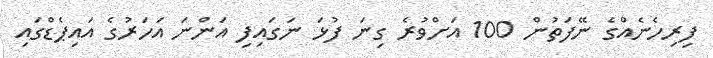
ފިރިހެނެއްގެ ނޭފަތުން 100 އަށްވުރެ ގިނަ ފުޅަ ނަގައިފި އަންނަ އަހަރުގެ އައިޕެޑްގައި